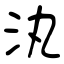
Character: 汍